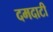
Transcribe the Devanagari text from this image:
दमदाटी